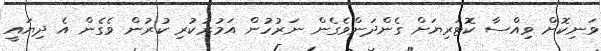
ވަނިކޮށް ވިއްސާ ކޮޓަރިޔަށް ގެންދަންވެގެން ނަރުހުން އަމުރުކުރި ކުރުން ވެގެން އެ ދިޔައީ